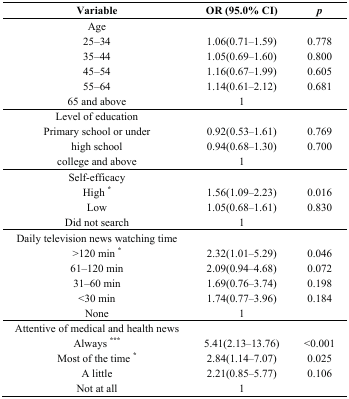
<table><thead><tr><td><b>Variable</b></td><td><b>OR (95.0% CI)</b></td><td><b><i>p</i></b></td></tr></thead><tbody><tr><td>Age</td><td></td><td></td></tr><tr><td>25–34</td><td>1.06(0.71‒1.59)</td><td>0.778</td></tr><tr><td>35–44</td><td>1.05(0.69‒1.60)</td><td>0.800</td></tr><tr><td>45–54</td><td>1.16(0.67‒1.99)</td><td>0.605</td></tr><tr><td>55–64</td><td>1.14(0.61‒2.12)</td><td>0.681</td></tr><tr><td>65 and above</td><td>1</td><td></td></tr><tr><td>Level of education</td><td></td><td></td></tr><tr><td>Primary school or under</td><td>0.92(0.53‒1.61)</td><td>0.769</td></tr><tr><td>high school</td><td>0.94(0.68‒1.30)</td><td>0.700</td></tr><tr><td>college and above</td><td>1</td><td></td></tr><tr><td>Self-efficacy</td><td></td><td></td></tr><tr><td>High <sup>*</sup></td><td>1.56(1.09‒2.23)</td><td>0.016</td></tr><tr><td>Low</td><td>1.05(0.68‒1.61)</td><td>0.830</td></tr><tr><td>Did not search</td><td>1</td><td></td></tr><tr><td>Daily television news watching time</td><td></td><td></td></tr><tr><td>&gt;120 min <sup>*</sup></td><td>2.32(1.01‒5.29)</td><td>0.046</td></tr><tr><td>61–120 min</td><td>2.09(0.94‒4.68)</td><td>0.072</td></tr><tr><td>31–60 min</td><td>1.69(0.76‒3.74)</td><td>0.198</td></tr><tr><td>&lt;30 min</td><td>1.74(0.77‒3.96)</td><td>0.184</td></tr><tr><td>None</td><td>1</td><td></td></tr><tr><td>Attentive of medical and health news</td><td></td><td></td></tr><tr><td>Always <sup>***</sup></td><td>5.41(2.13‒13.76)</td><td>&lt;0.001</td></tr><tr><td>Most of the time <sup>*</sup></td><td>2.84(1.14‒7.07)</td><td>0.025</td></tr><tr><td>A little</td><td>2.21(0.85‒5.77)</td><td>0.106</td></tr><tr><td>Not at all</td><td>1</td><td></td></tr></tbody></table>